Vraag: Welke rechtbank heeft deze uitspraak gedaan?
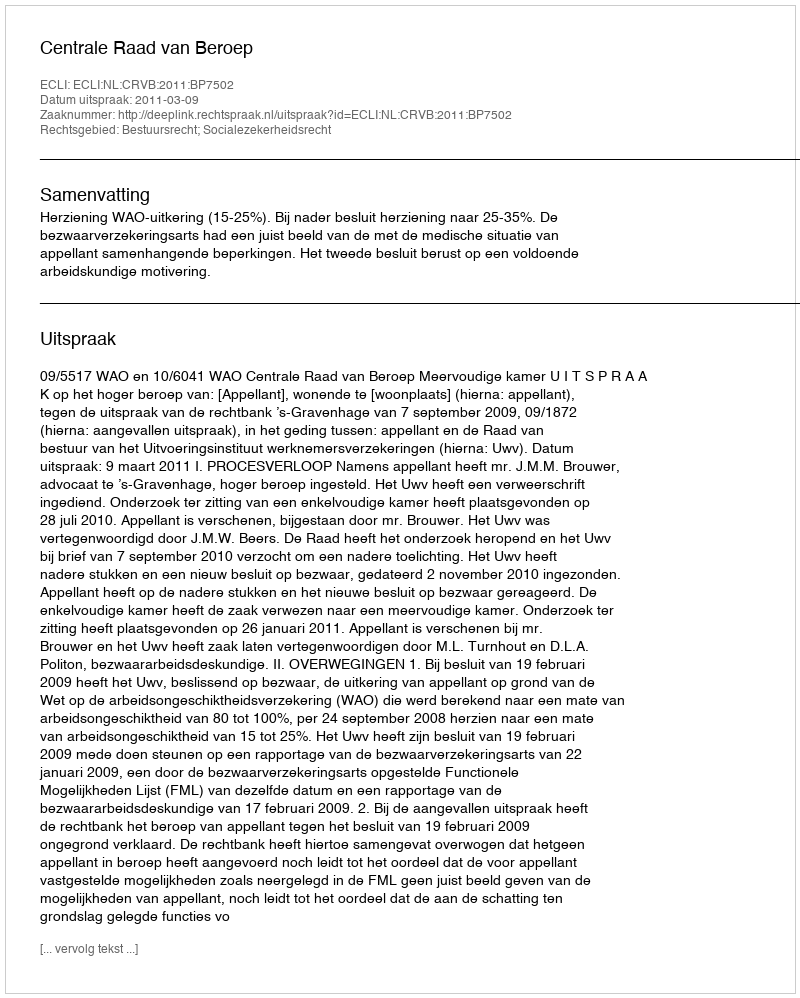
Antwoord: Centrale Raad van Beroep